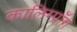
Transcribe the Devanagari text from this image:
कालिम्पाँग